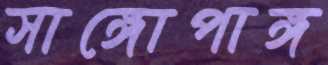
সাঙ্গোপাঙ্গ